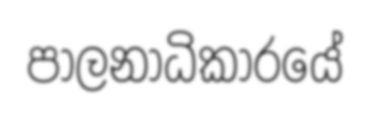
පාලනාධිකාරයේ